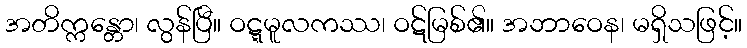
အတိက္ကန္တော၊ လွန်ပြီ။ ဝဋ္ဋမူလကဿ၊ ဝဋ်မြစ်၏။ အဘာဝေန၊ မရှိသဖြင့်။